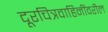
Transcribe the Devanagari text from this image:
दूरचित्रवाहिनींवरील